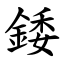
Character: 錗